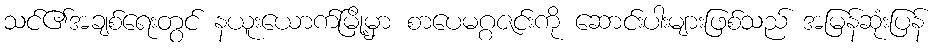
သင်၏အချစ်ရေးတွင် နယူးယောက်မြို့မှာ စာပေမဂ္ဂဇင်းကို ဆောင်းပါးများဖြစ်သည် အမြန်ဆုံးပြန်